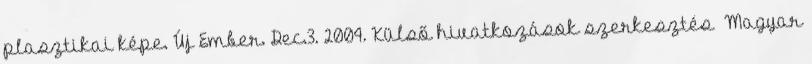
plasztikai képe. Új Ember. Dec.3. 2004. Külső hivatkozások szerkesztés Magyar